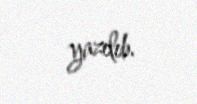
yazılıb.